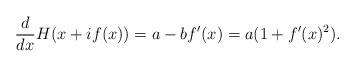
LaTeX: \begin{align*}\frac{d}{dx}H(x+if(x))=a-bf'(x)=a(1+f'(x)^{2}).\end{align*}